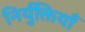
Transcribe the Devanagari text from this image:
निर्युक्तियाँ